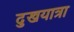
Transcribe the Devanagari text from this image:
दुखयात्रा